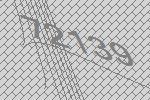
72139